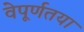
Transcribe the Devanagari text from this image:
वेपूर्णतया